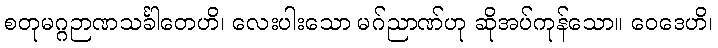
စတုမဂ္ဂဉာဏသင်္ခါတေဟိ၊ လေးပါးသော မဂ်ညာဏ်ဟု ဆိုအပ်ကုန်သော။ ဝေဒေဟိ၊